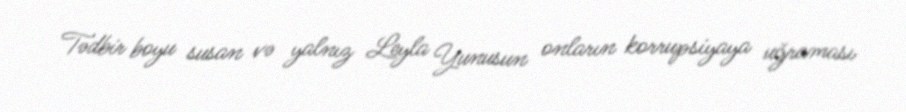
Tədbir boyu susan və yalnız Leyla Yunusun onların korrupsiyaya uğraması